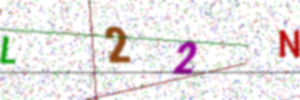
Text: L22N